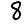
Digit: 8